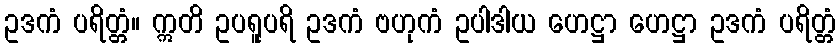
ဥဒကံ ပရိတ္တံ။ ဣတိ ဥပရူပရိ ဥဒကံ ဗဟုကံ ဥပါဒါယ ဟေဋ္ဌာ ဟေဋ္ဌာ ဥဒကံ ပရိတ္တံ